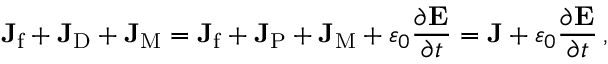
\mathbf { J } _ { \mathrm { f } } + \mathbf { J } _ { \mathrm { D } } + \mathbf { J } _ { \mathrm { M } } = \mathbf { J } _ { \mathrm { f } } + \mathbf { J } _ { \mathrm { P } } + \mathbf { J } _ { \mathrm { M } } + \varepsilon _ { 0 } { \frac { \partial \mathbf { E } } { \partial t } } = \mathbf { J } + \varepsilon _ { 0 } { \frac { \partial \mathbf { E } } { \partial t } } \, ,